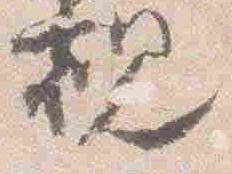
観